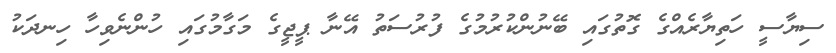
ސިޔާސީ ހަތިޔާރެއްގެ ގޮތުގައި ބޭނުންކުރުމުގެ ފުރުސަތު އޭނާ ޕީޖީގެ މަގާމުގައި ހުންނެވިހާ ހިނދަކު